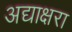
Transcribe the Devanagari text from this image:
अद्याक्षरा